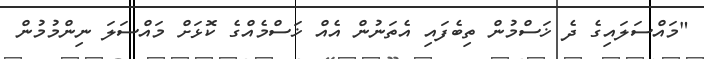
"މައްސަލައިގެ ދެ ޚަސްމުން ތިބެފައި އެތަނުން އެއް ޚަސްމެއްގެ ކޮޅަށް މައްސަލަ ނިންމުމުން